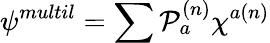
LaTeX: \psi^{multil}=\sum{\cal{P}}_{a}^{(n)}\chi^{a(n)}